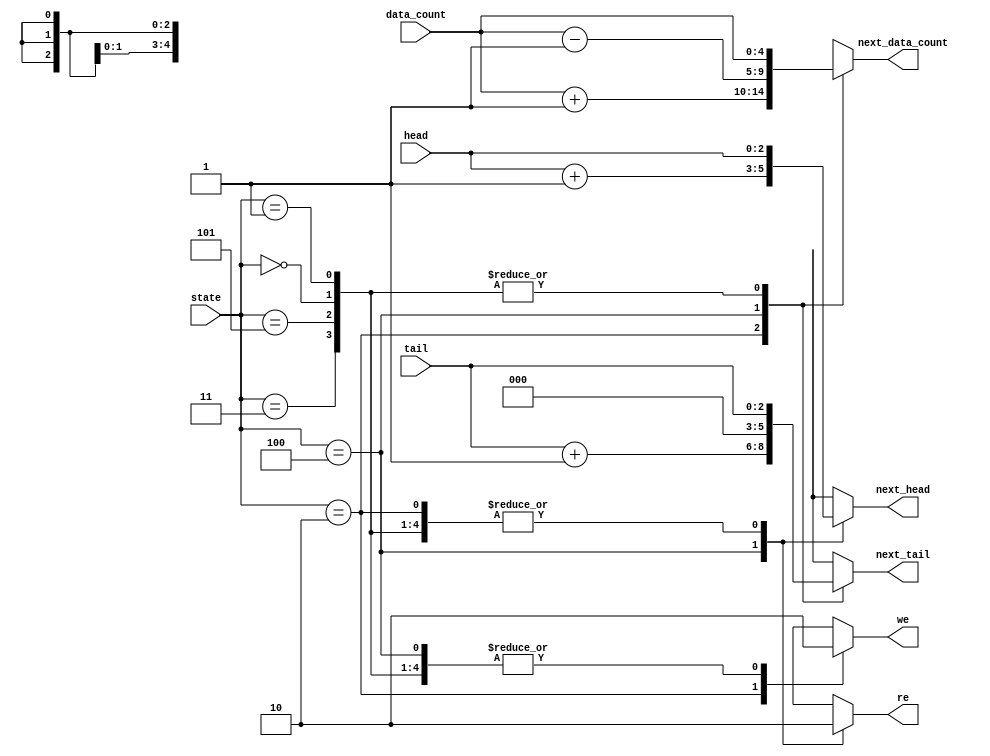
// recieve current register's status and then calculate next status
module DMAC_fifo_cal(state, head, tail, data_count, we, re, next_head, next_tail, next_data_count);
	input[2:0] state, head, tail;
	input[4:0] data_count;
	output reg we, re;
	output reg[2:0] next_head, next_tail;
	output reg[4:0] next_data_count;
	
	parameter INIT = 3'b000;
	parameter NO_OP = 3'b001;
	parameter WRITE = 3'b010;
	parameter WR_ERROR = 3'b011;
	parameter READ = 3'b100;
	parameter RD_ERROR = 3'b101;
	//states encoding
	//110 and 111 are not used
	
	always @ (state, head, tail, data_count)
		begin
			next_data_count = 0;
			next_head =0;
			next_tail =0;
			we =0;
			re =0;
			case(state)
			INIT : // INIT state
			begin 
				next_data_count <= data_count;
				next_head <= head;
				next_tail <= tail;
				we <= 0;					// no operation
				re <= 0;
			end
			NO_OP:
			begin
				next_data_count <= data_count;
				next_head <= head;
				next_tail <= tail;
				we <= 0;					// no operation
				re <= 0;
			end
			WRITE: // WRITE state 
			begin
				next_data_count <= data_count + 1'b1; // data count++
				next_head <= head;
				next_tail <= tail + 3'b001;	// tail pointer++
				we <= 1;							// write enable = 1
				re <= 0;
			end
			READ:	// READ state
			begin
				next_data_count <= data_count - 1'b1;	// data count-- 
				next_head <= head + 3'b001;					// head pointer++
				we <= 0;
				re <= 1;											// read enable = 1
			end
			WR_ERROR: // WR_ERROR state
			begin 
				next_data_count <= data_count;
				next_head <= head;
				next_tail <= tail;
				we <= 0;								// no operation
				re <= 0;
			end
			RD_ERROR:	// RD_ERROR state
			begin 
				next_data_count <= data_count;
				next_head <= head;
				next_tail <= tail;
				we <= 0;								// no operation
				re <= 0;
			end
			default	// state isn't IDLE, NO_OP, WRITE, WR_ERROR, READ, RD_ERROR
			begin
				next_data_count <= 5'bx;
				next_head <= 3'bx;
				next_tail <= 3'bx;
				we <= 1'bx;
				re <= 1'bx; 	// all outputs are unknown
			end
		endcase
	end
endmodule